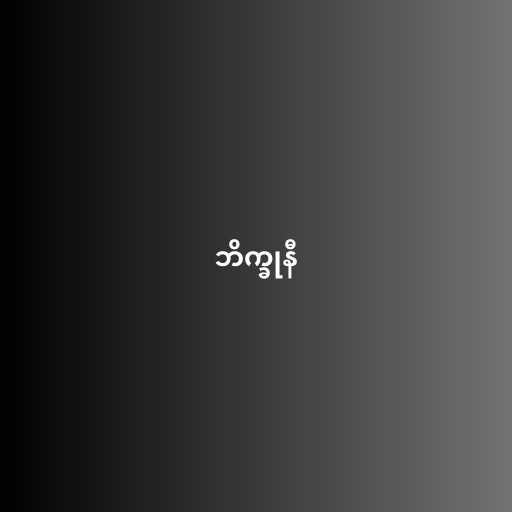
ဘိက္ခုနီ